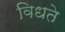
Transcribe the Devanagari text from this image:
विधते